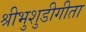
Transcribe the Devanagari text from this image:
श्रीभुशुडीगीता